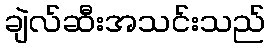
ချဲလ်ဆီးအသင်းသည်